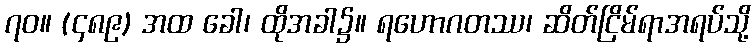
၇၀။ (၄၈၉) အထ ခေါ၊ ထိုအခါ၌။ ရဟောဂတဿ၊ ဆိတ်ငြိမ်ရာအရပ်သို့